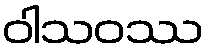
ဝါသဝဿ